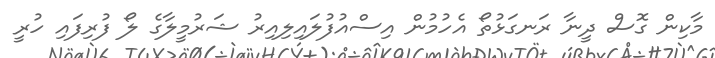
މާކިން ގޮސް ދީނާ ރަނގަޅުތޯ އެހުމުން އިސްއުފުލައިލިއިރު ޝަރުމީލާގެ ލޯ ފުރިފައި ހުރީ